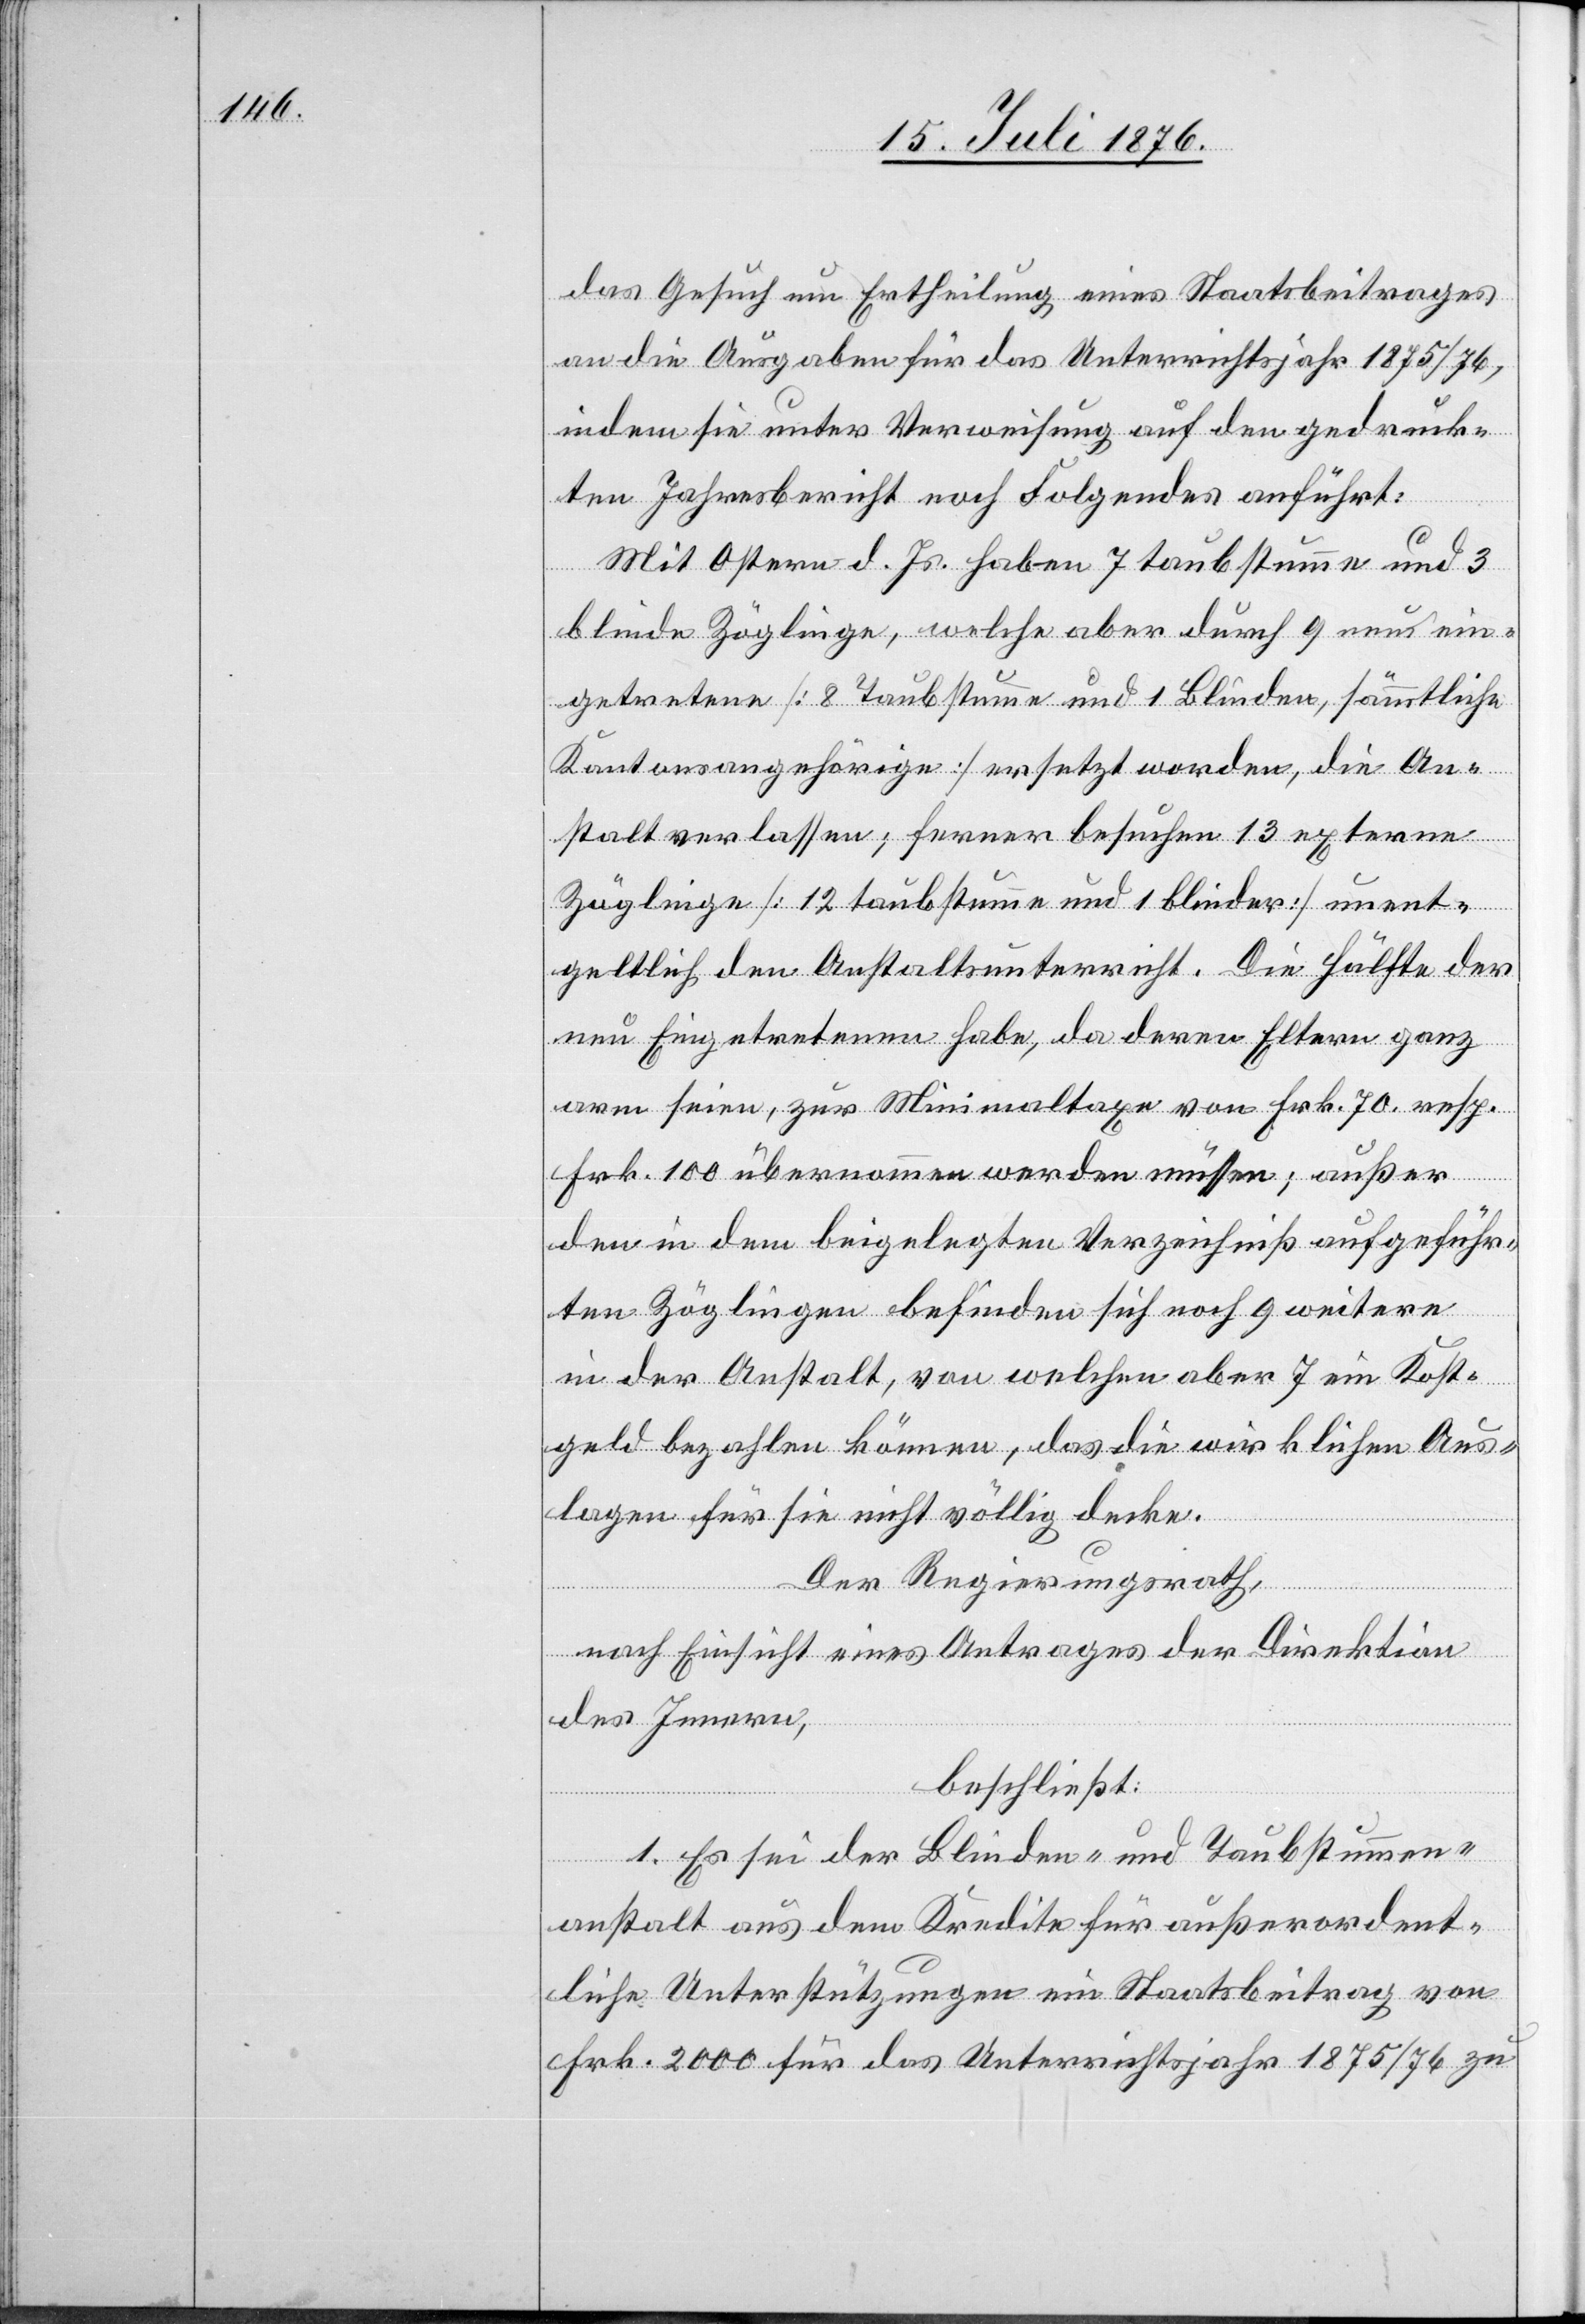
das Gesuch um Ertheilung eines Staatsbeitrages
an die Ausgaben für das Unterrichtsjahr 1875/76,
indem sie unter Verweisung auf den gedruck¬
ten Jahresbericht noch Folgendes anführt:
Mit Ostern d. Js. haben 7 taubstumme und 3
blinde Zöglinge, welche aber durch 9 neu ein¬
getretene [8 Taubstumme und 1 Blinden, sämmtliche
Kantonsangehörige] ersetzt worden, die An¬
stalt verlassen; ferner besuchen 13 externe
Zöglinge [12 taubstumme und 1 Blinder] unent¬
geltlich den Anstaltsunterricht. Die Hälfte der
neu Eingetretenen habe, da deren Eltern ganz
arm seien, zur Minimaltaxe von Frk. 70 resp.
Frk. 100 übernommen werden müssen; außer
den in dem beigelegten Verzeichniß aufgeführ¬
ten Zöglingen befinden sich noch 9 weitere
in der Anstalt, von welchen aber 7 ein Kost¬
geld bezahlen können, das die wirklichen Aus¬
lagen für sie nicht völlig decke.
Der Regierungsrath,
nach Einsicht eines Antrages der Direktion
des Innern,
beschließt:
1. Es sei der Blinden- und Taubstummen¬
anstalt aus dem Kredite für außerordent¬
liche Unterstützungen ein Staatsbeitrag von
Frk. 2000 für das Unterrichtsjahr 1875/76 zu